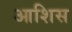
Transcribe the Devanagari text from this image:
आशिस